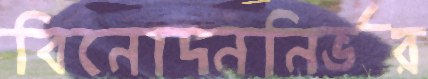
বিনোদননির্ভর